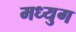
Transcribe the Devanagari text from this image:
मध्युग